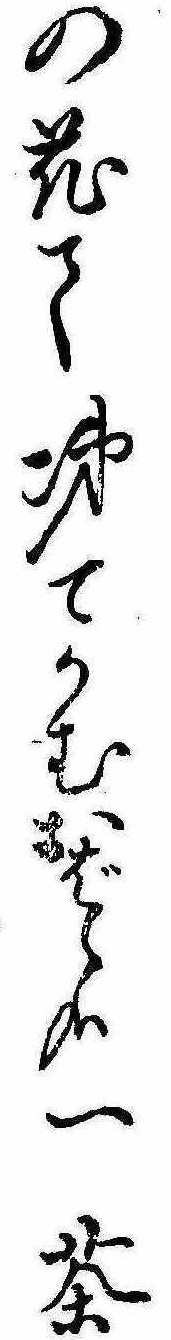
の花て涕てかむおばゝ哉一茶